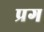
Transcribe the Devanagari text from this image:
प्रग